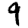
Digit: 9